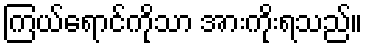
ကြယ်ရောင်ကိုသာ အားကိုးရသည်။